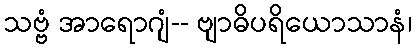
သဗ္ဗံ အာရောဂျံ-- ဗျာဓိပရိယောသာနံ၊